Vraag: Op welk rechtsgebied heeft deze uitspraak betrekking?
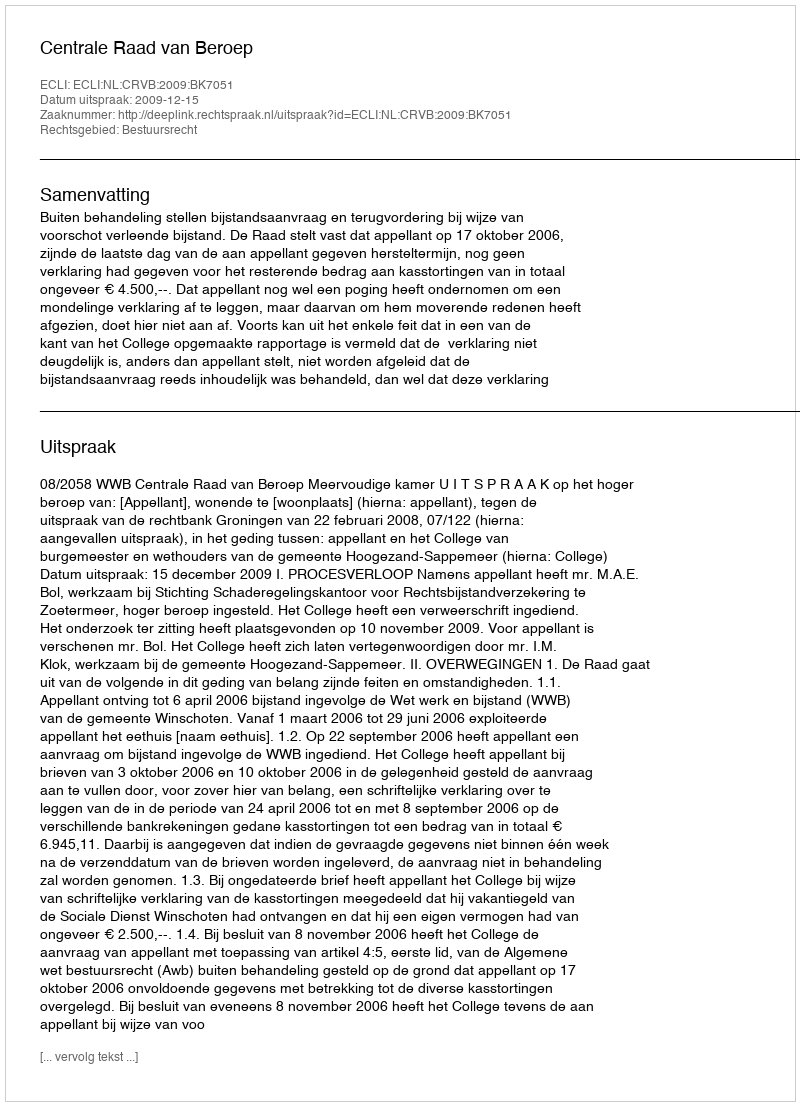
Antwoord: Bestuursrecht